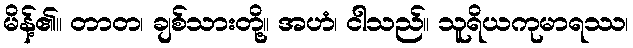
မိန့်၏။ တာတ၊ ချစ်သားတို့။ အဟံ၊ ငါသည်။ သူရိယကုမာရဿ၊